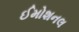
ઈમોશનલ